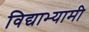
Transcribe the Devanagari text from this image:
विद्याभ्यामी